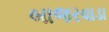
બાજરવાડા